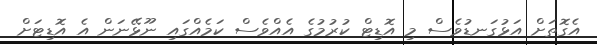
އެގޮތަށް އަޅުގަނޑުވެސް މި އޮޑިޓް ކުރުމުގެ އެއްވެސް ކަމެއްގައި ނޫޅޭނަން އެ އޮޑިޓަށް